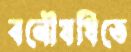
বনৌষধিতে